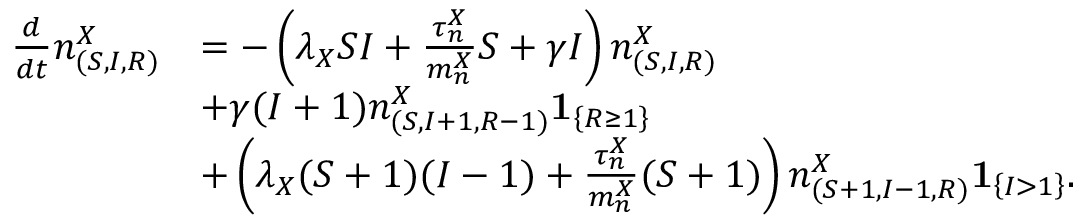
\begin{array} { r l } { \frac { d } { d t } n _ { ( S , I , R ) } ^ { X } } & { = - \left( \lambda _ { X } S I + \frac { \tau _ { n } ^ { X } } { m _ { n } ^ { X } } S + \gamma I \right) n _ { ( S , I , R ) } ^ { X } } \\ & { + \gamma ( I + 1 ) n _ { ( S , I + 1 , R - 1 ) } ^ { X } \mathbf { 1 } _ { \left\{ R \geq 1 \right\} } } \\ & { + \left( \lambda _ { X } ( S + 1 ) ( I - 1 ) + \frac { \tau _ { n } ^ { X } } { m _ { n } ^ { X } } ( S + 1 ) \right) n _ { ( S + 1 , I - 1 , R ) } ^ { X } \mathbf { 1 } _ { \left\{ I > 1 \right\} } . } \end{array}